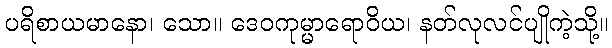
ပရိစာယမာနော၊ သော။ ဒေဝကုမ္မာရောဝိယ၊ နတ်လုလင်ပျိုကဲ့သို့။